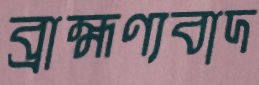
ব্রাহ্মণ্যবাদ